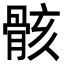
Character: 骸